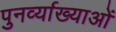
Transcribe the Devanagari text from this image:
पुनर्व्याख्याओं